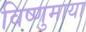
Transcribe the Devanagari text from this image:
विष्णुमाया